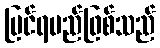
မြင်ရမည်ဖြစ်သည်